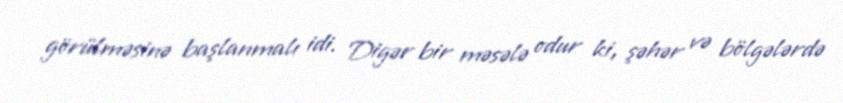
görülməsinə başlanmalı idi. Digər bir məsələ odur ki, şəhər və bölgələrdə